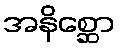
အနိစ္ဆော